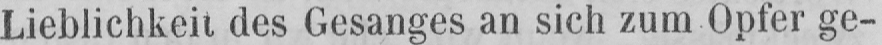
Lieblichkeit des Gesanges an sich zum Opfer ge-